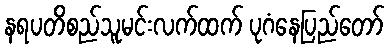
နရပတိစည်သူမင်းလက်ထက် ပုဂံနေပြည်တော်